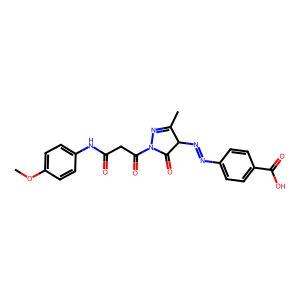
SMILES: COc1ccc(NC(=O)CC(=O)N2N=C(C)C(N=Nc3ccc(C(=O)O)cc3)C2=O)cc1
Inhibits HIV replication: No